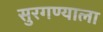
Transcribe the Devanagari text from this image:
सुरगण्याला